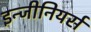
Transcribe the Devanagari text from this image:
इन्जीनियर्स